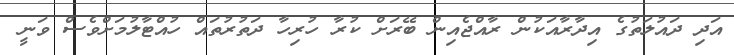
އަދި ދައުލަތުގެ އިދާރާއަކުން ރާއްޖެއިން ބޭރަށް ކުރާ ހުރިހާ ދަތުރުތައް ހުއްޓާލުމަށްވެސް ވަނީ